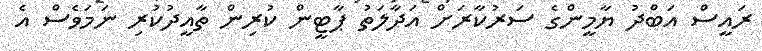
ރައީސް އަބްދު ޔާމީންގެ ސަރުކާރަށް އަދާލަތު ޕާޓީން ކުރިން ތާާއީދުކުރި ނަމަވެސް އެ